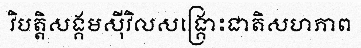
វិបត្តិសង្គមស៊ីវិលសង្គ្រោះជាតិសហភាព